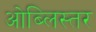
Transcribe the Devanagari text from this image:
ओब्लिस्तर